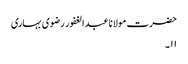
حضرت مولانا عبدالغفور رضوی بہاری
۱۱۔